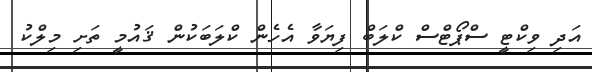
އަދި ވިކްޓީ ސްޕޯޓްސް ކްލަބް ފިޔަވާ އެހެން ކްލަބަކުން ޤައުމީ ތަށި މިލްކު